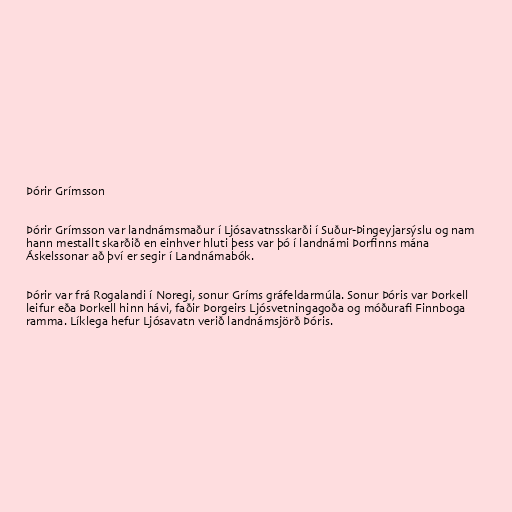
Þórir Grímsson

Þórir Grímsson var landnámsmaður í Ljósavatnsskarði í Suður-Þingeyjarsýslu og nam
hann mestallt skarðið en einhver hluti þess var þó í landnámi Þorfinns mána
Áskelssonar að því er segir í Landnámabók.

Þórir var frá Rogalandi í Noregi, sonur Gríms gráfeldarmúla. Sonur Þóris var Þorkell
leifur eða Þorkell hinn hávi, faðir Þorgeirs Ljósvetningagoða og móðurafi Finnboga
ramma. Líklega hefur Ljósavatn verið landnámsjörð Þóris.